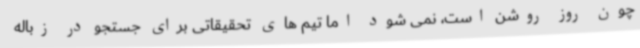
چون روز روشن است، نمی شود اما تیم های تحقیقاتی برای جستجو در زباله